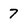
Character: 7